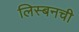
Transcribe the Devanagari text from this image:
लिस्बनची